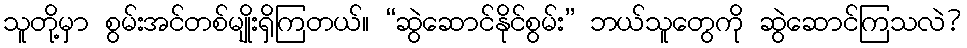
သူတို့မှာ စွမ်းအင်တစ်မျိုးရှိကြတယ်။ “ဆွဲဆောင်နိုင်စွမ်း” ဘယ်သူတွေကို ဆွဲဆောင်ကြသလဲ?